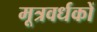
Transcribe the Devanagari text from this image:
मूत्रवर्धकों